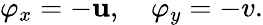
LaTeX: \varphi_{x}=-\mathbf{u},\quad\varphi_{y}=-v.